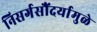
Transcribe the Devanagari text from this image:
निसर्गसौंदर्यामुळे